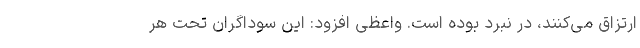
ارتزاق می‌کنند، در نبرد بوده است. واعظی افزود: این سوداگران تحت هر